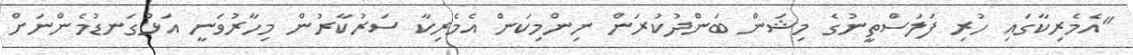
"އެމެރިކާގައި ހުރި ފަލަސްތީނުގެ މިޝަން ބަންދުކުރަން ނިންމިކަން އެމެރިކާ ސަރުކާރުން މިހާރުވަނީ އަޅުގަނޑުމެންނަށް